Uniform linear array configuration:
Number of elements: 4
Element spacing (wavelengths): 0.5
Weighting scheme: binomial
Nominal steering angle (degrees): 45
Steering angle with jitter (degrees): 46.221
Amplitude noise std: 0.05
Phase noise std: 0.05

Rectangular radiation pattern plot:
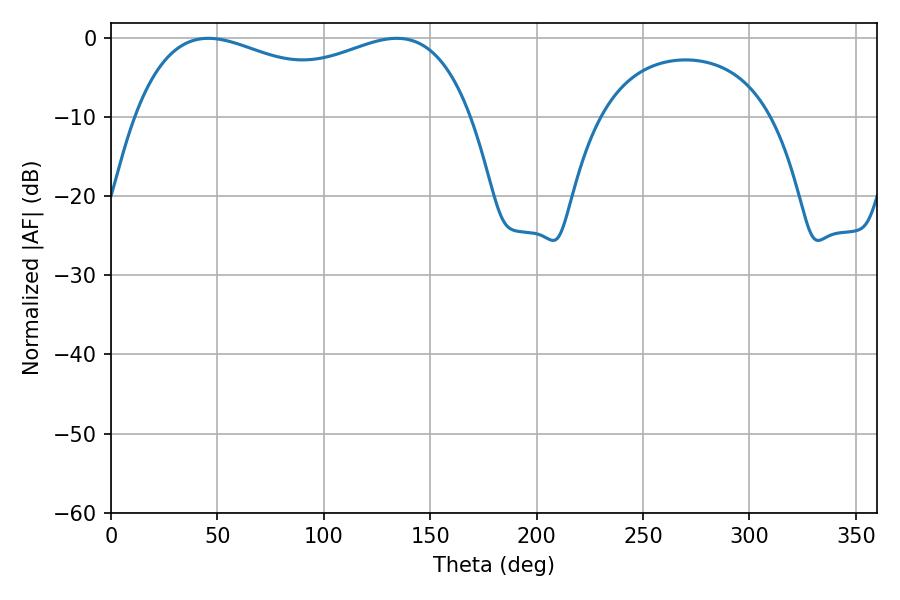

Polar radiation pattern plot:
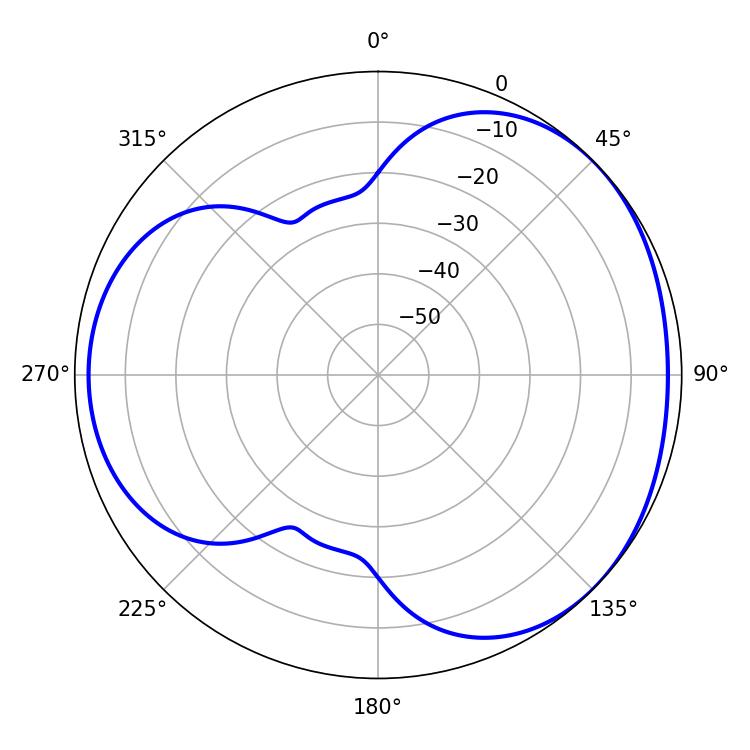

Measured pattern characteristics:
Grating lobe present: FALSE
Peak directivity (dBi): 3.391
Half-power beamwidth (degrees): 130.68
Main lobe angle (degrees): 45.72